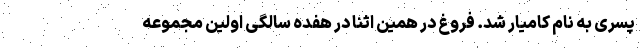
پسری به نام کامیار شد. فروغ در همین اثنا در هفده سالگی اولین مجموعه